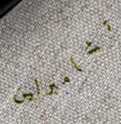
تشامبرلين